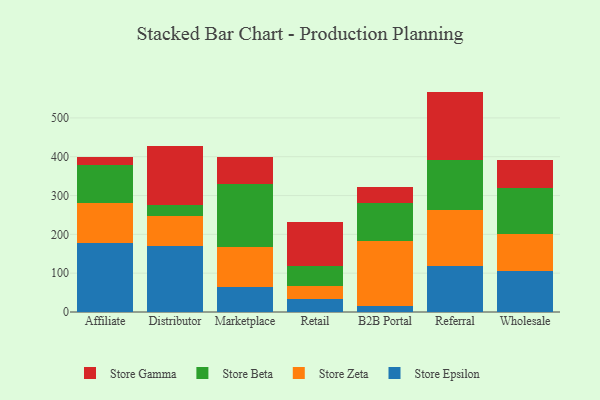
{"axis": {"x": "Channel", "y": "Backlog"}, "legend": ["Store Beta", "Store Epsilon", "Store Gamma", "Store Zeta"], "data": [{"x": "Affiliate", "y": 178.8, "type": "Store Epsilon"}, {"x": "Affiliate", "y": 100.8, "type": "Store Zeta"}, {"x": "Affiliate", "y": 98.5, "type": "Store Beta"}, {"x": "Affiliate", "y": 20.4, "type": "Store Gamma"}, {"x": "Distributor", "y": 169.4, "type": "Store Epsilon"}, {"x": "Distributor", "y": 78.2, "type": "Store Zeta"}, {"x": "Distributor", "y": 27.9, "type": "Store Beta"}, {"x": "Distributor", "y": 152.4, "type": "Store Gamma"}, {"x": "Marketplace", "y": 64.0, "type": "Store Epsilon"}, {"x": "Marketplace", "y": 102.7, "type": "Store Zeta"}, {"x": "Marketplace", "y": 162.1, "type": "Store Beta"}, {"x": "Marketplace", "y": 69.7, "type": "Store Gamma"}, {"x": "Retail", "y": 34.7, "type": "Store Epsilon"}, {"x": "Retail", "y": 33.5, "type": "Store Zeta"}, {"x": "Retail", "y": 51.4, "type": "Store Beta"}, {"x": "Retail", "y": 111.4, "type": "Store Gamma"}, {"x": "B2B Portal", "y": 15.0, "type": "Store Epsilon"}, {"x": "B2B Portal", "y": 167.0, "type": "Store Zeta"}, {"x": "B2B Portal", "y": 99.5, "type": "Store Beta"}, {"x": "B2B Portal", "y": 41.5, "type": "Store Gamma"}, {"x": "Referral", "y": 118.0, "type": "Store Epsilon"}, {"x": "Referral", "y": 144.1, "type": "Store Zeta"}, {"x": "Referral", "y": 130.4, "type": "Store Beta"}, {"x": "Referral", "y": 175.3, "type": "Store Gamma"}, {"x": "Wholesale", "y": 106.0, "type": "Store Epsilon"}, {"x": "Wholesale", "y": 95.1, "type": "Store Zeta"}, {"x": "Wholesale", "y": 119.1, "type": "Store Beta"}, {"x": "Wholesale", "y": 72.6, "type": "Store Gamma"}]}